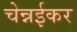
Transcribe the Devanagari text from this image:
चेन्नईकर